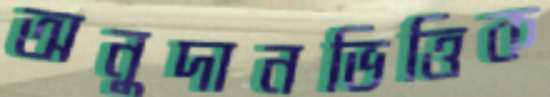
অনুদানভিত্তিক